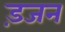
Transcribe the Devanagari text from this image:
ड़जन